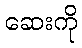
ဆေးကို